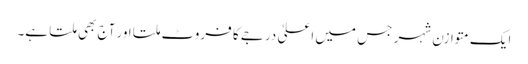
ایک متوازن شہر جس میں اعلیٰ درجے کا فروٹ ملتا اور آج بھی ملتا ہے۔